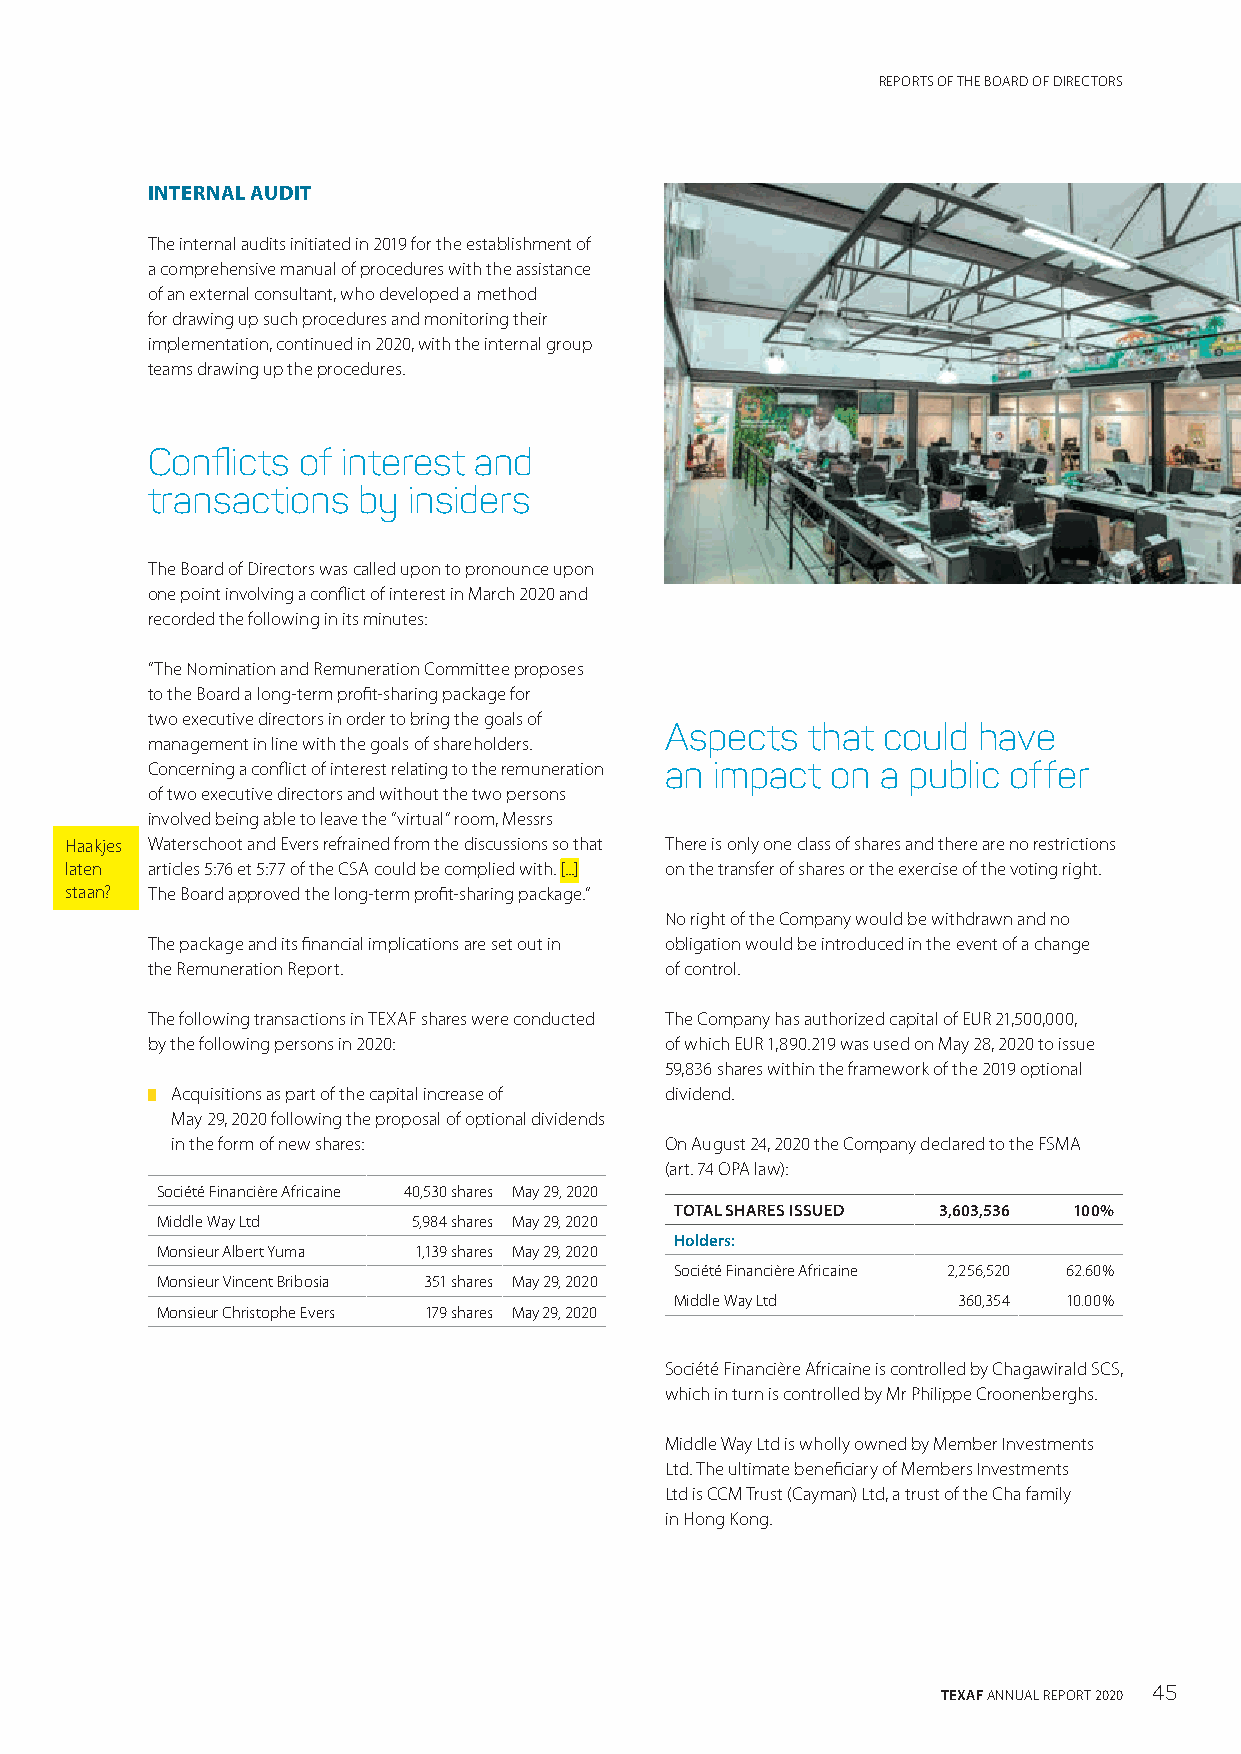
REPORTS OF THE BOARD OF DIRECTORS
 INTERNAL AUDIT
 The internal audits initiated in 2019 for the establishment of
 a comprehensive manual of procedures with the assistance
 of an external consultant, who developed a method
 for drawing up such procedures and monitoring their
 implementation, continued in 2020, with the internal group
 teams drawing up the procedures.
 Conflicts of interest and
 transactions  by insiders
 The Board of Directors was called upon to pronounce upon
 one point involving a conflict of interest in March 2020 and
 recorded the following in its minutes:
 “The Nomination and Remuneration Committee proposes
 to the Board a long-term profit-sharing package for
 two executive directors in order to bring the goals of
 Aspects  that could  have
 management in line with the goals of shareholders.
 Concerning a conflict of interest relating to the remuneration an impact on a public offer
 of two executive directors and without the two persons
 involved being able to leave the “virtual” room, Messrs
 Haakjes Waterschoot and Evers refrained from the discussions so that There is only one class of shares and there are no restrictions
 laten articles 5:76 et 5:77 of the CSA could be complied with. [...] on the transfer of shares or the exercise of the voting right.
 staan? The Board approved the long-term profit-sharing package.”
 No right of the Company would be withdrawn and no
 The package and its financial implications are set out in obligation would be introduced in the event of a change
 the Remuneration Report.          of control.
 The following transactions in TEXAF shares were conducted The Company has authorized capital of EUR 21,500,000,
 by the following persons in 2020: of which EUR 1,890.219 was used on May 28, 2020 to issue
 59,836 shares within the framework of the 2019 optional
 █ Acquisitions as part of the capital increase of dividend.
 May 29, 2020 following the proposal of optional dividends
 in the form of new shares:       On August 24, 2020 the Company declared to the FSMA
 (art. 74 OPA law):
 Société Financière Africaine 40,530 shares May 29, 2020
 TOTAL SHARES ISSUED 3,603,536 100%
 Middle Way Ltd   5,984 shares May 29, 2020
 Holders:
 Monsieur Albert Yuma 1,139 shares May 29, 2020
 Société Financière Africaine 2,256,520 62.60%
 Monsieur Vincent Bribosia 351 shares May 29, 2020
 Middle Way Ltd    360,354 10.00%
 Monsieur Christophe Evers 179 shares May 29, 2020
 Société Financière Africaine is controlled by Chagawirald SCS,
 which in turn is controlled by Mr Philippe Croonenberghs.
 Middle Way Ltd is wholly owned by Member Investments
 Ltd. The ultimate beneficiary of Members Investments
 Ltd is CCM Trust (Cayman) Ltd, a trust of the Cha family
 in Hong Kong.
 TEXAF ANNUAL REPORT 2020 45